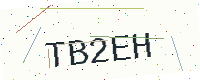
Text: TB2EH